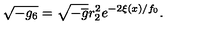
\sqrt { - g _ { 6 } } = \sqrt { - \overline { { g } } } r _ { 2 } ^ { 2 } e ^ { - 2 \xi ( x ) / f _ { 0 } } .